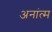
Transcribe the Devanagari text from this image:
अनांत्म